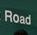
road